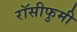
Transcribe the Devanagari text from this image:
रॉसीफुमी